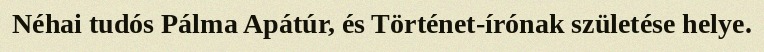
Néhai tudós Pálma Apátúr, és Történet-írónak születése helye.